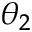
\theta _ { 2 }